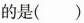
的是（）